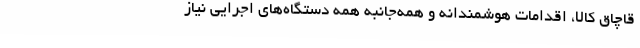
قاچاق کالا، اقدامات هوشمندانه و همه‌جانبه همه دستگاه‌های اجرایی نیاز